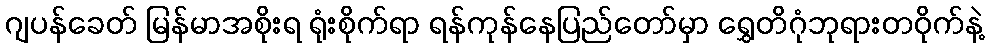
ဂျပန်ခေတ် မြန်မာအစိုးရ ရုံးစိုက်ရာ ရန်ကုန်နေပြည်တော်မှာ ရွှေတိဂုံဘုရားတဝိုက်နဲ့